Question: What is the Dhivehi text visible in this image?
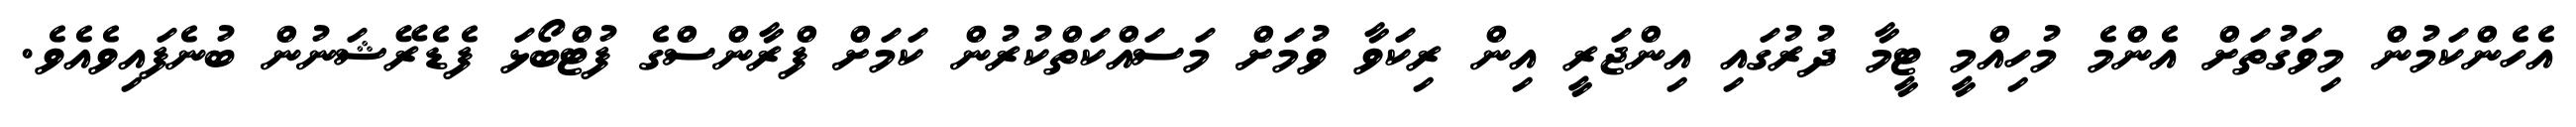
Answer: އެހެންކަމުން މިވަގުތަށް އެންމެ މުހިއްމީ ޓީމާ ދުރުގައި އިންޖަރީ އިން ރިކަވާ ވުމަށް މަސައްކަތްކުރުން ކަމަށް ފްރާންސްގެ ފުޓްބޯޅަ ފެޑެރޭޝަނުން ބުނެފައިވެއެވެ.